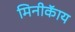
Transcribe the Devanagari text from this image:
मिनीकॅाय